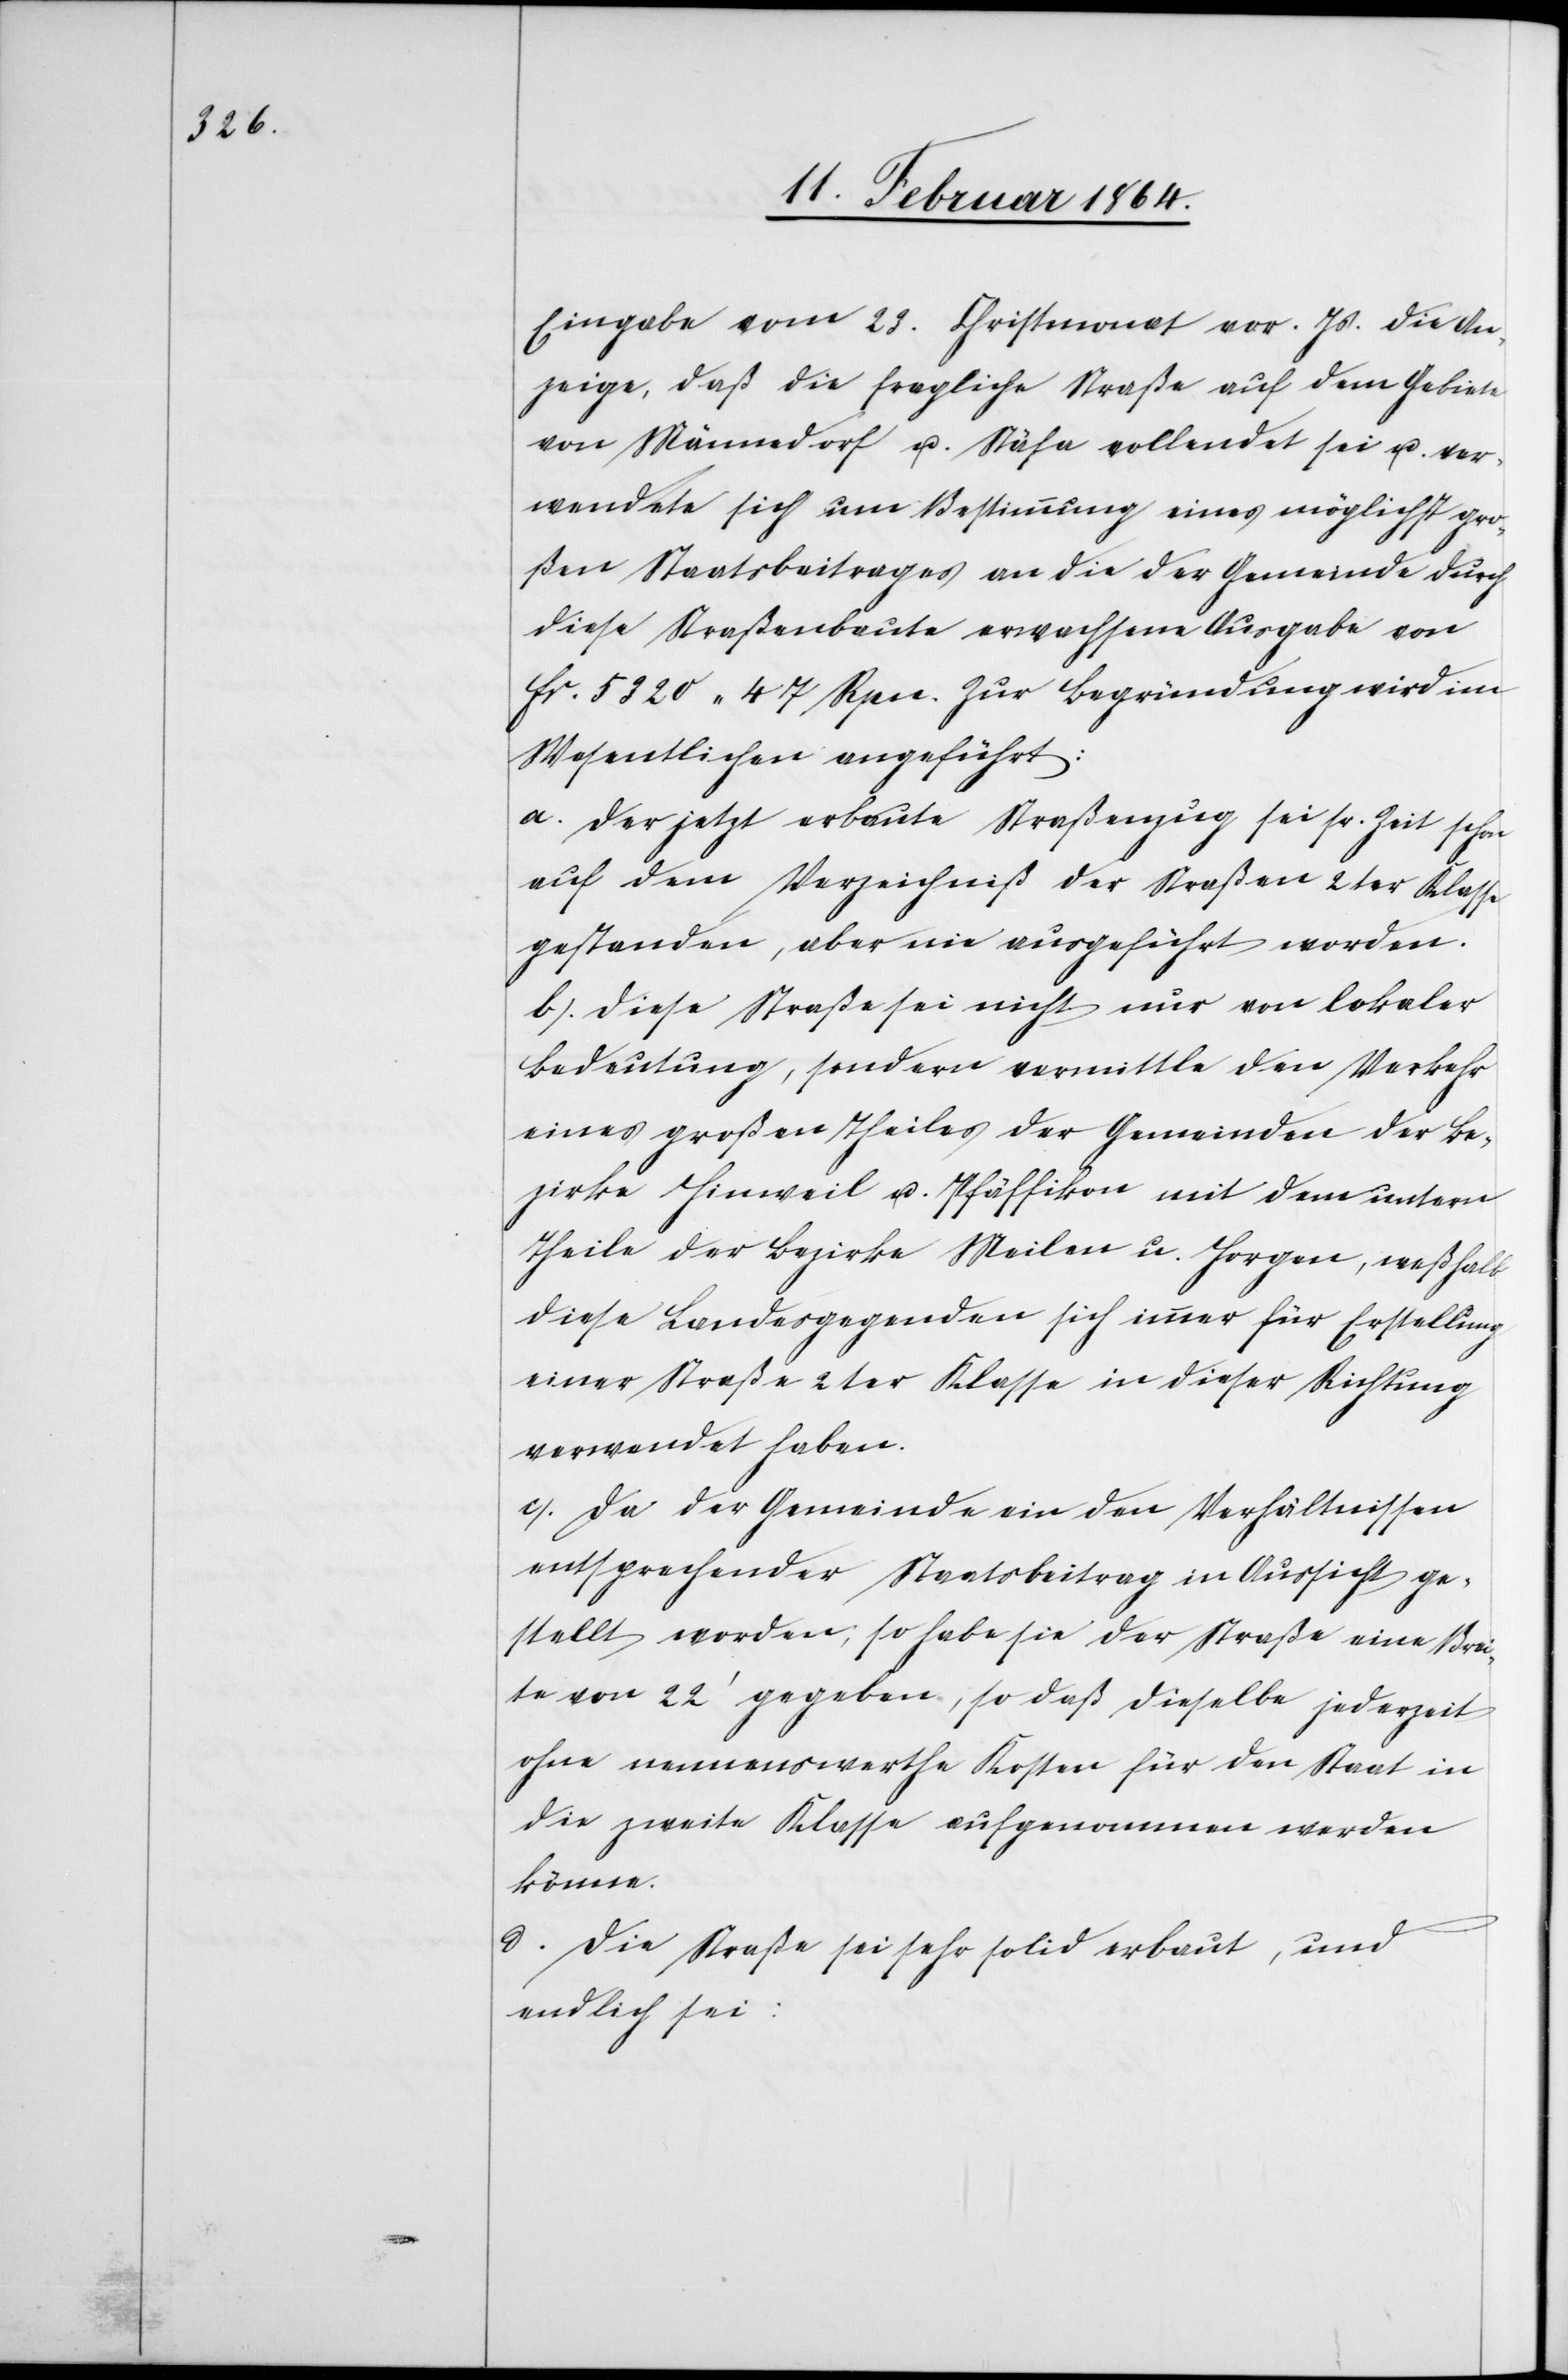
Eingabe vom 23. Christmonat vor. Js. die An¬
zeige, daß die fragliche Straße auf dem Gebiete
von Männedorf u. Stäfa vollendet sei u. ver¬
wendete sich um Bestimmung eines möglichst gro¬
ßen Staatsbeitrages an die der Gemeinde durch
diese Straßenbaute erwachsene Ausgabe von
fr. 5320 47 Rpn. Zur Begründung wird im
Wesentlichen angeführt:
a. Der jetzt erbaute Straßenzug sei sr. Zeit schon
auf dem Verzeichniß der Straßen 2ter Klasse
gestanden, aber nie ausgeführt worden.
b. Diese Straße sei nicht nur von lokaler
Bedeutung, sondern vermittle den Verkehr
eines großen Theiles der Gemeinden der Be¬
zirke Hinweil u. Pfäffikon mit dem untern
Theile der Bezirke Meilen u. Horgen, weßhalb
diese Landesgegenden sich immer für Erstellung
einer Straße 2ter Klasse in dieser Richtung
verwendet haben.
c. Da der Gemeinde ein den Verhältnissen
entsprechender Staatsbeitrag in Aussicht ge¬
stellt worden, so habe sie der Straße eine Brei¬
te von 22’ gegeben, so daß dieselbe jederzeit
ohne nennenswerthe Kosten für den Staat in
die zweite Klasse aufgenommen werden
könne.
d. Die Straße sei sehr solid erbaut, und
endlich sei: